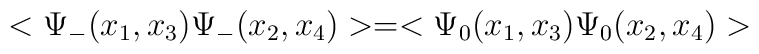
<\Psi_{-}(x_1, x_3)\Psi_{-}(x_2, x_4)> = <\Psi_{0}(x_1, x_3)\Psi_{0}(x_2, x_4)>